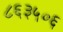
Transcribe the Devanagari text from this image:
८६३५०६